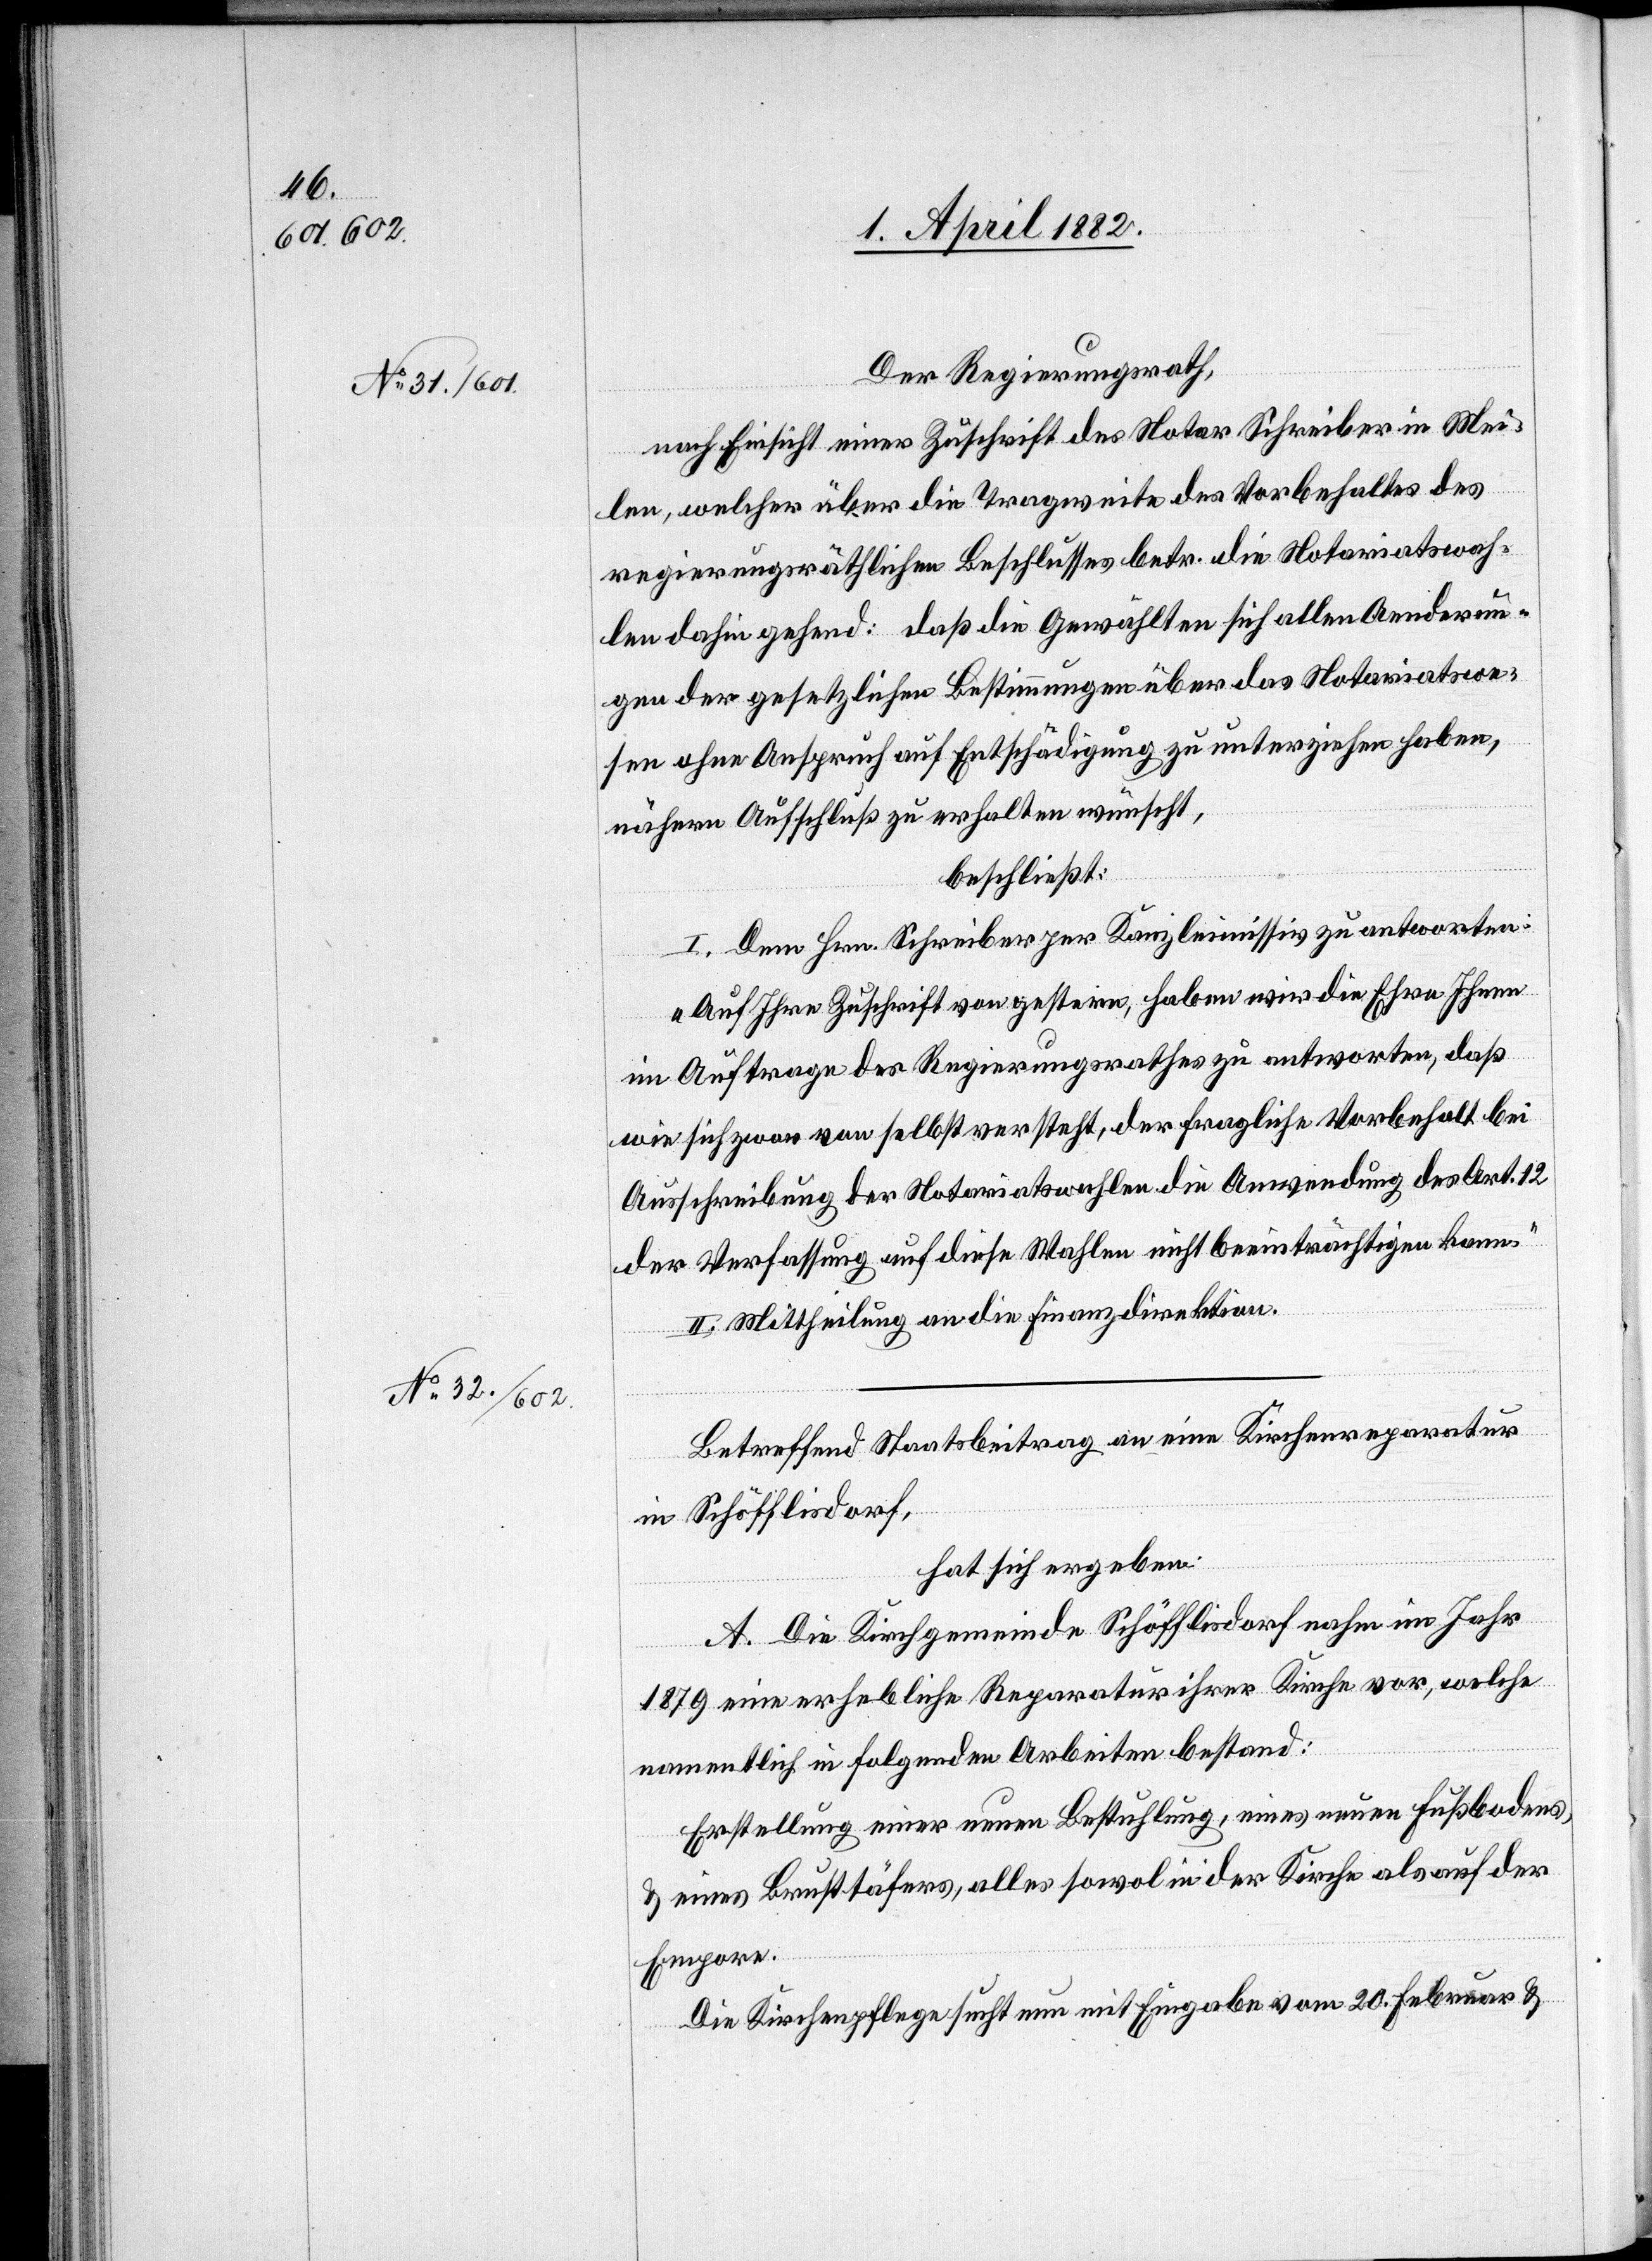
Der Regierungsrath,
nach Einsicht einer Zuschrift des Notar Schreiber in Mei¬
len, welcher über die Tragweite des Vorbehaltes des
regierungsräthlichen Beschlusses betr. die Notariatswah¬
len dahin gehend: daß die Gewählten sich allen Aenderun¬
gen der gesetzlichen Bestimmungen über das Notariatswe¬
sen ohne Anspruch auf Entschädigung zu unterziehen haben,
nähern Aufschluß zu erhalten wünscht,
beschließt:
I. Dem Hrn. Schreiber per Kanzleimissiv zu antworten:
„Auf Ihre Zuschrift von gestern, haben wir die Ehre Ihnen
im Auftrage des Regierungsrathes zu antworten, daß
wie sich zwar von selbst versteht, der fragliche Vorbehalt bei
Ausschreibung der Notariatswahlen die Anwendung des Art. 12
der Verfassung auf diese Wahlen nicht beeinträchtigen kann.“
II. Mittheilung an die Finanzdirektion.
Betreffend Staatsbeitrag an eine Kirchenreparatur
in Schöfflisdorf,
hat sich ergeben:
A. Die Kirchgemeinde Schöfflisdorf nahm im Jahr
1879 eine erhebliche Reparatur ihrer Kirche vor, welche
namentlich in folgenden Arbeiten bestand:
Erstellung einer neuen Bestuhlung, eines neuen Fußbodens,
& eines Brusttäfers, alles sowol in der Kirche als auf der
Empore.
Die Kirchenpflege sucht nun mit Eingabe vom 20. Februar &